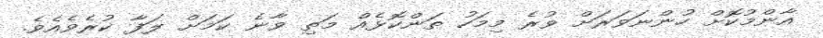
އާންމުކޮށް ހުންނަވަރަށް ވުރެ މިމަހު ތަންކޮޅެއް މަތި ވާނެ ކަމަށް ލަފާ ކުރެވެއެވެ.